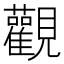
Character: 觀